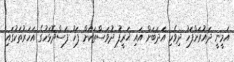
އަމީނީ ދައުރަށްފަހު ދިވެހި އަދަބަށް އައި ޚަރީފު ދުވަސްތަކަށް ފަހު ފަސްދޮޅަހުގެ އަހަރުތަކުގައި